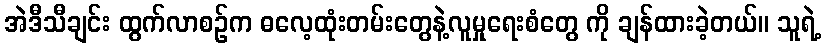
အဲဒီသီချင်း ထွက်လာစဉ်က ဓလေ့ထုံးတမ်းတွေနဲ့လူမှုရေးစံတွေ ကို ချန်ထားခဲ့တယ်။ သူရဲ့